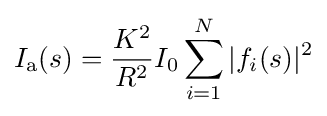
I_{\text{a}}(s)={\frac {K^{2}}{R^{2}}}I_{0}\sum _{i=1}^{N}|f_{i}(s)|^{2}